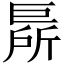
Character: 𢀦